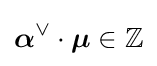
{\boldsymbol {\alpha }}^{\vee }\cdot {\boldsymbol {\mu }}\in \mathbb {Z}